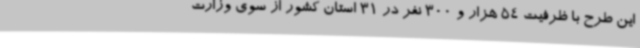
این طرح با ظرفیت 54 هزار و 300 نفر در 31 استان کشور از سوی وزارت